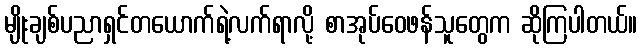
မျိုးချစ်ပညာရှင်တယောက်ရဲ့လက်ရာလို့ စာအုပ်ဝေဖန်သူတွေက ဆိုကြပါတယ်။